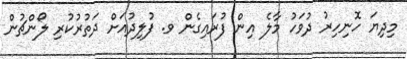
މިދިޔަ ހޮނިހިރު ދުވަހު މާލެ އިން ފުރައިގެން ވ. ފުލިދުއަށް ދަތުރުކުރި ލޯންޗުން